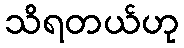
သိရတယ်ဟု